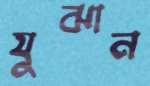
যুঝান